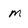
Character: m